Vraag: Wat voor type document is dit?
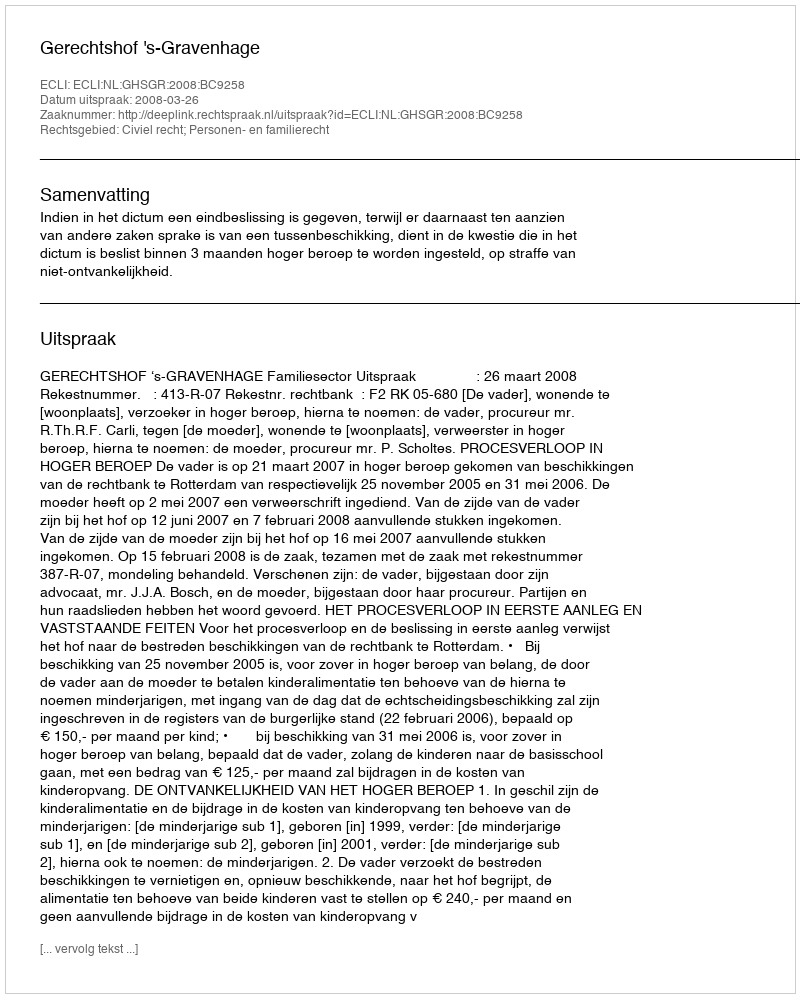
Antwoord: Uitspraak